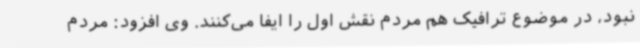
نبود، در موضوع ترافیک هم مردم نقش اول را ایفا می‌کنند. وی افزود: مردم